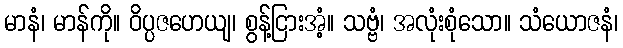
မာနံ၊ မာန်ကို။ ဝိပ္ပဇဟေယျ၊ စွန့်ငြားအံ့။ သဗ္ဗံ၊ အလုံးစုံသော။ သံယောဇနံ၊